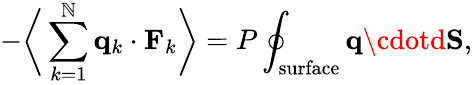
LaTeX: -{\biggl\langle}\sum_{k=1}^{\mathbb{N}}\mathbf{{q}}_{k}\cdot\mathbf{{F}}_{k}{\biggr\rangle}=P\oint_{\mathrm{{surface}}}\mathbf{{q}}\cdotd\mathbf{{S}},